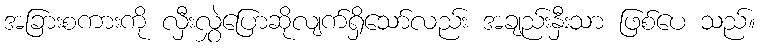
အခြားစကားကို လှီးလွှဲပြောဆိုလျက်ရှိသော်လည်း အချည်းနှီးသာ ဖြစ်ပေ သည်။